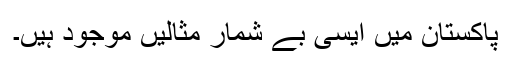
پاکستان میں ایسی بے شمار مثالیں موجود ہیں۔